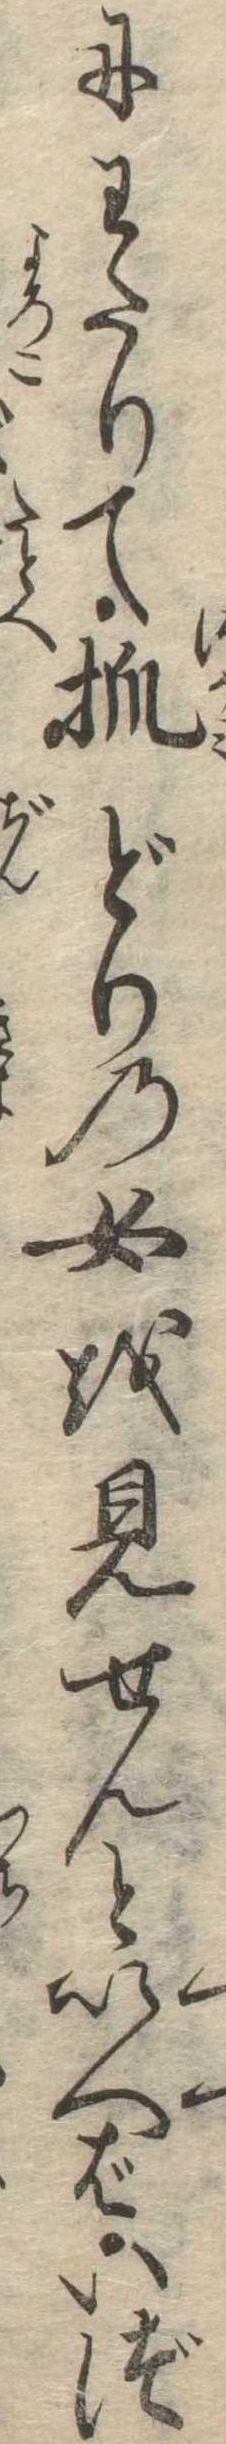
にわたりて抓どりの女を見せんといへばいづ